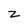
Character: z